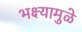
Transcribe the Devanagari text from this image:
भक्ष्यामुळे